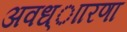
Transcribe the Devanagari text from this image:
अवध्ाारणा